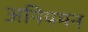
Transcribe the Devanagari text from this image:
अनियमन